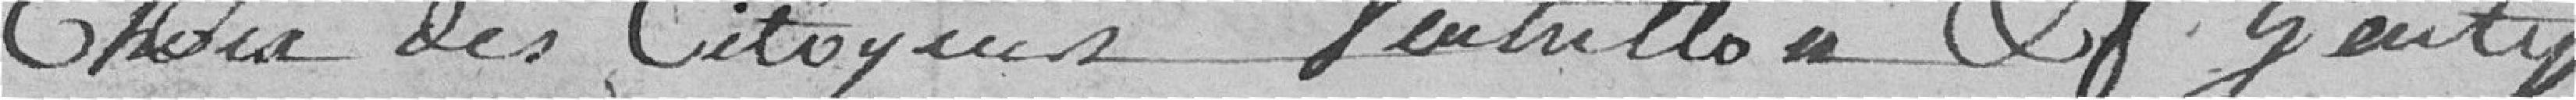
Choix des Citoyens Ventrillon & Genty